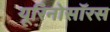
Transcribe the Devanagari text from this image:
यूरिनोसॉरस